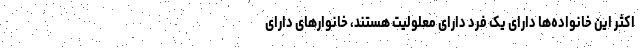
اکثر این خانواده‌ها دارای یک فرد دارای معلولیت هستند، خانوارهای دارای